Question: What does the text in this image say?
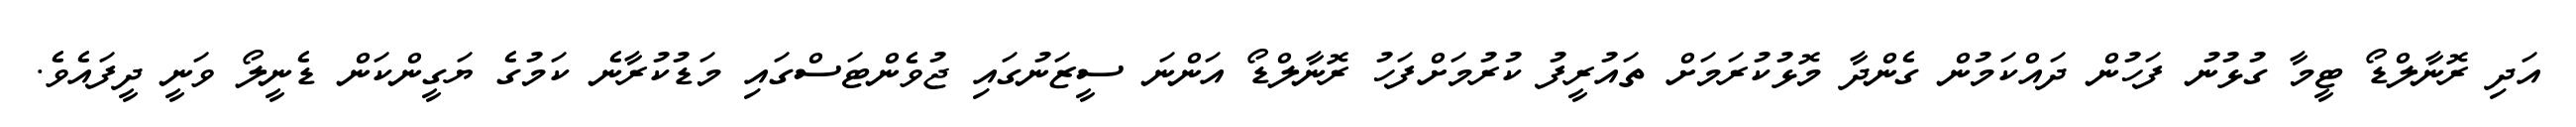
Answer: އަދި ރޮނާލްޑޯ ޓީމާ ގުޅުނު ފަހުން ދައްކަމުން ގެންދާ މޮޅުކުރަމަށް ތައުރީފު ކުރުމަށްފަހު ރޮނާލްޑޯ އަންނަ ސީޒަނުގައި ޖުވެންޓަސްގައި މަޑުކުރާނެ ކަމުގެ ޔަގީންކަން ޑެނީލޯ ވަނީ ދީފައެވެ.